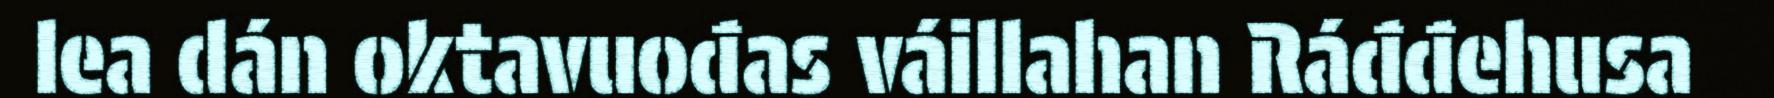
lea dán oktavuođas váillahan Ráđđehusa